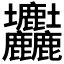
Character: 𡔚